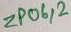
Text: ZP06,2